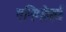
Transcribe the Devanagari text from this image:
एनिमोर्फ्स